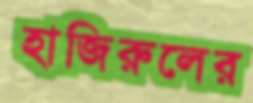
হাজিরুলের